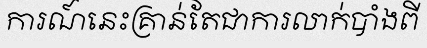
ការណ៍នេះគ្រាន់តែជាការលាក់បាំងពី